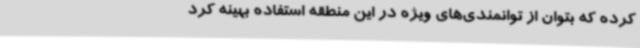
کرده که بتوان از توانمندی‌های ویژه در این منطقه استفاده بهینه کرد